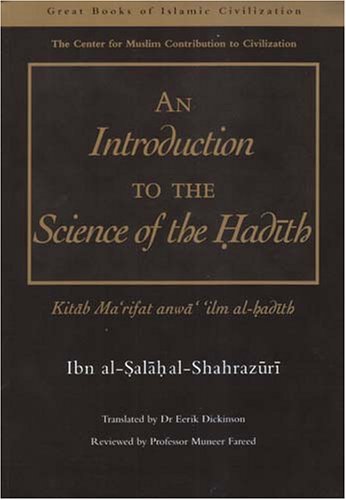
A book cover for An Introduction to the Science of the Hadith: Kitab Ma'rifat Anwa' 'Ilm al-Hadith (Great Books of Islamic Civilization); Ibn Al-Salah Al-Shahrazuri; Religion & Spirituality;